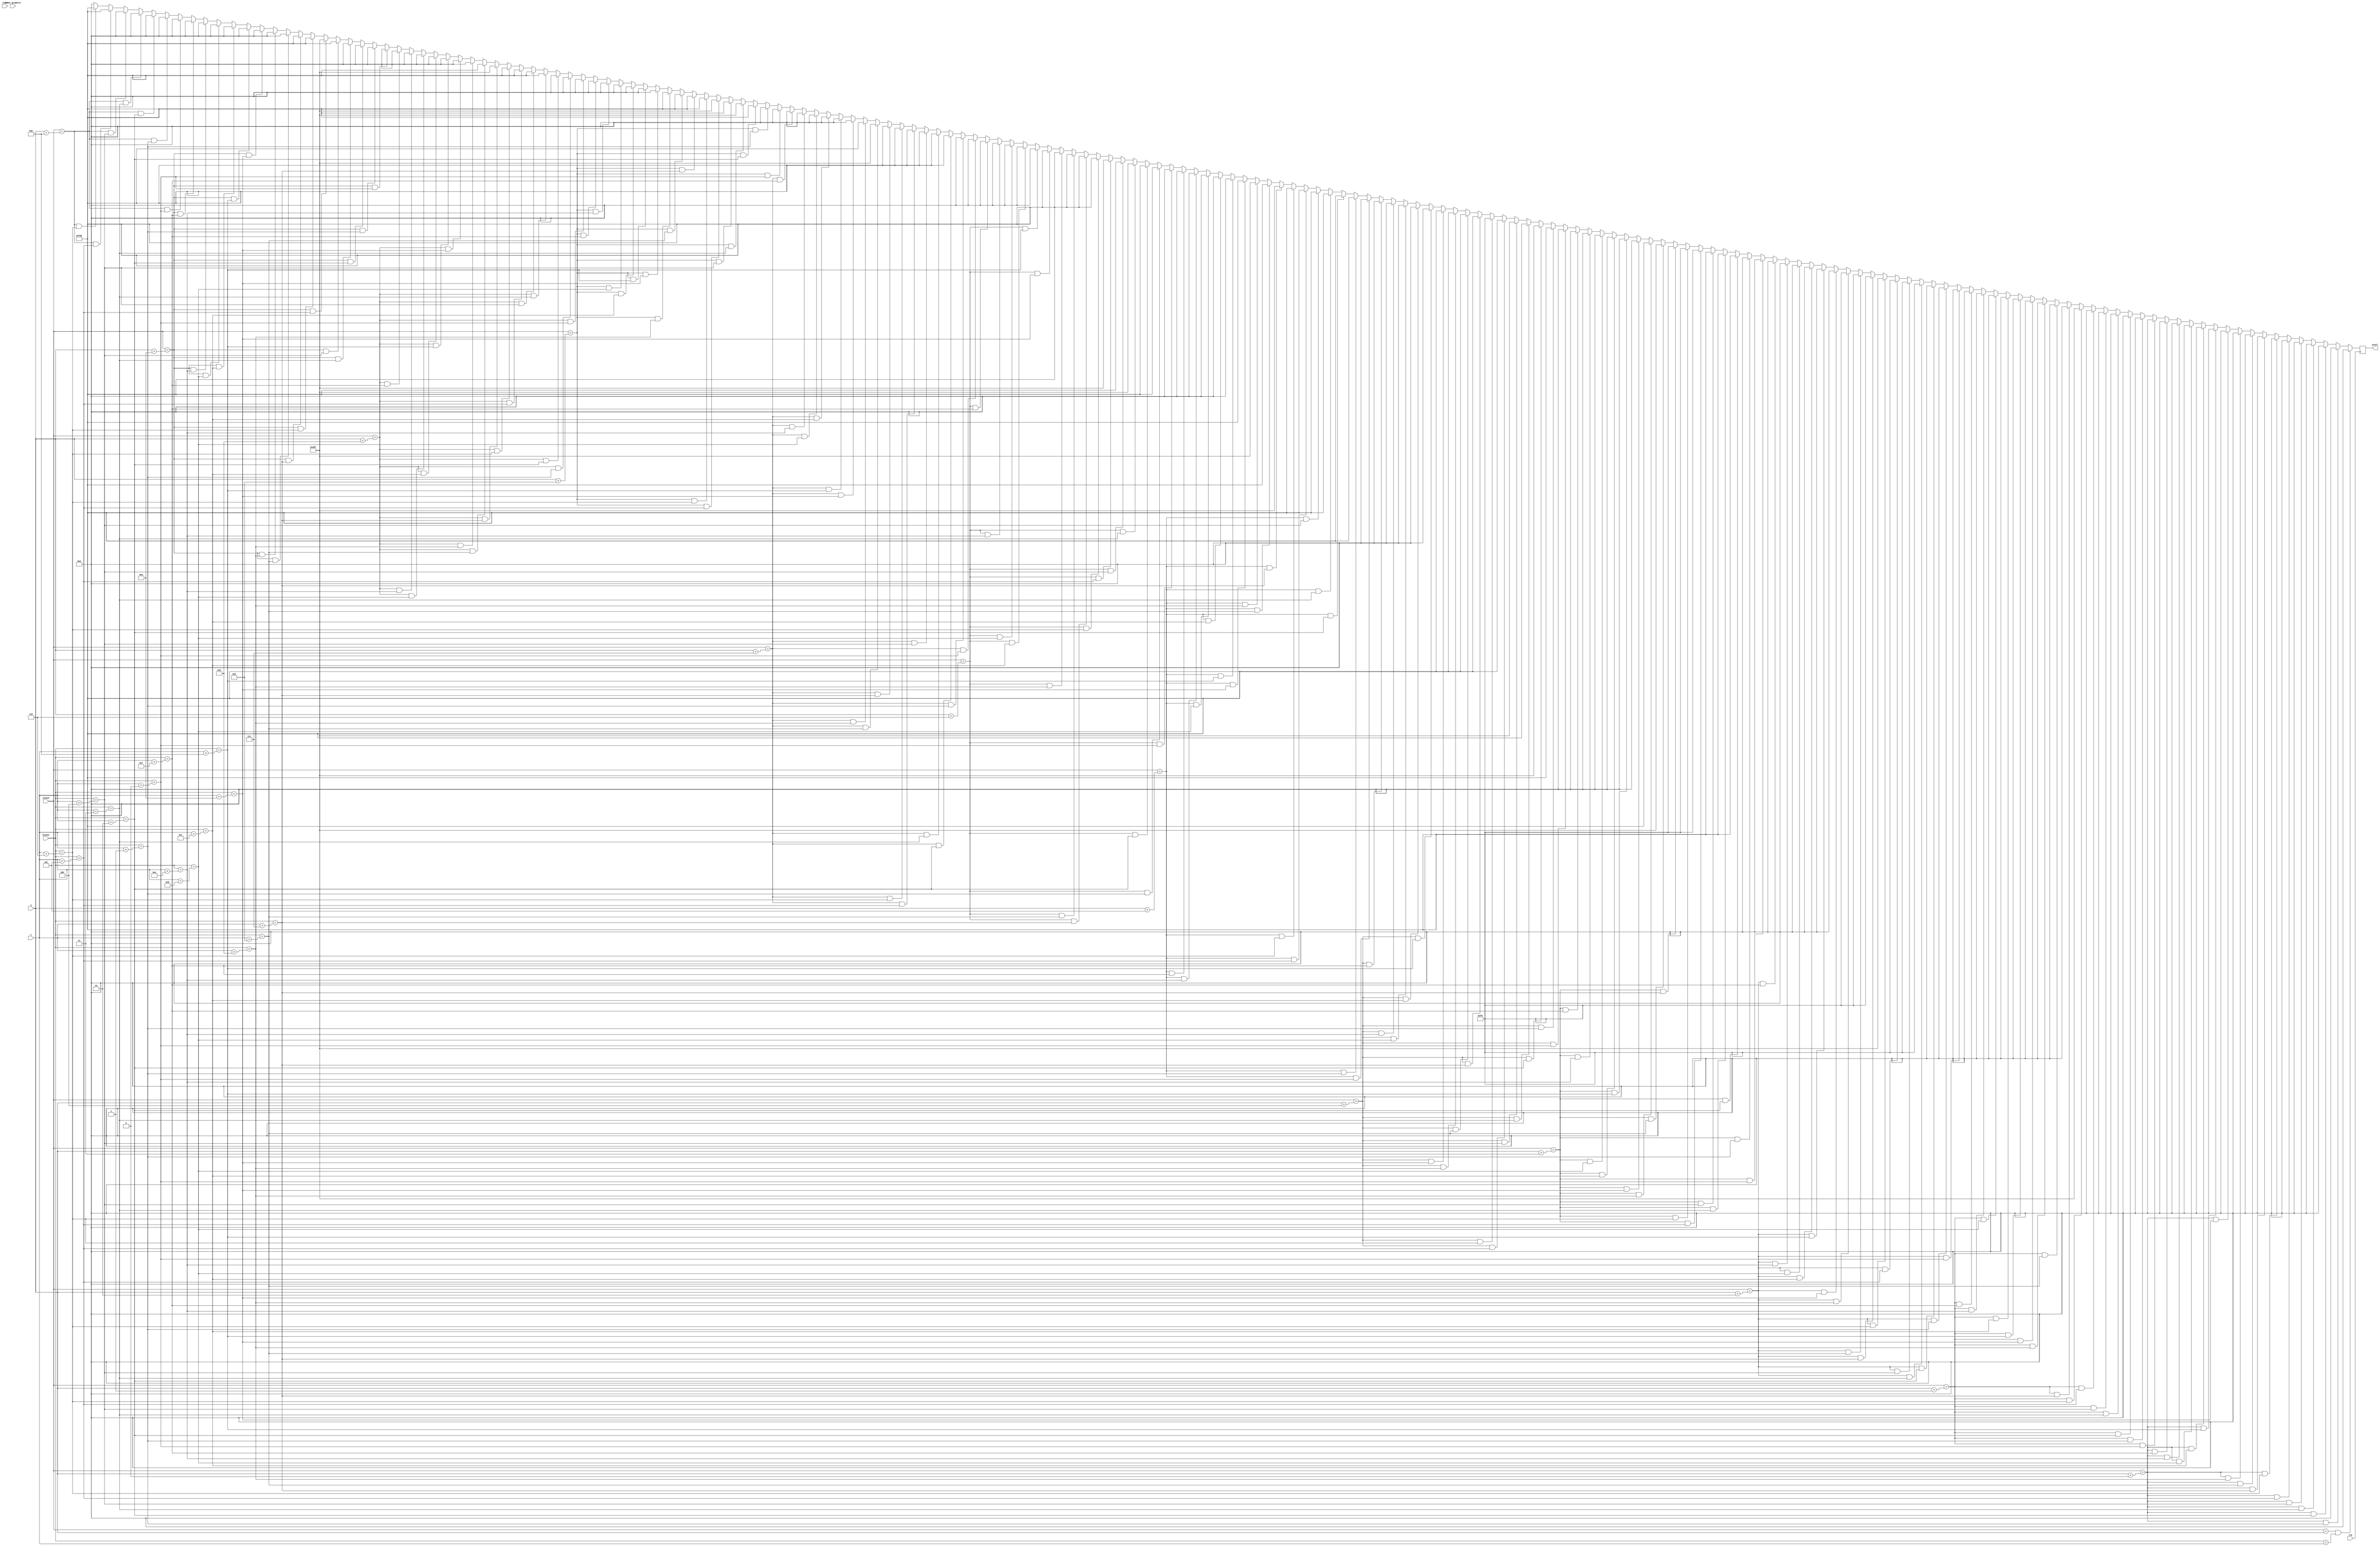
module strawberry (
    input clk,
    input reset,
    input inner_graphics,
    input [10:0] hcount,
    input [9:0] vcount,
    input [10:0] x,
    input [9:0] y,
    output reg [11:0] pixel
    );

    always @(posedge clk) begin
        if (vcount == y && hcount == x) pixel <= 12'h000;
        else if (vcount == y + 0 && hcount == x + 1) pixel <= 12'h000;
        else if (vcount == y + 0 && hcount == x + 2) pixel <= 12'h000;
        else if (vcount == y + 0 && hcount == x + 3) pixel <= 12'h000;
        else if (vcount == y + 0 && hcount == x + 4) pixel <= 12'h000;
        else if (vcount == y + 0 && hcount == x + 5) pixel <= 12'h000;
        else if (vcount == y + 0 && hcount == x + 6) pixel <= 12'h000;
        else if (vcount == y + 0 && hcount == x + 7) pixel <= 12'h000;
        else if (vcount == y + 0 && hcount == x + 8) pixel <= 12'h000;
        else if (vcount == y + 0 && hcount == x + 9) pixel <= 12'h000;
        else if (vcount == y + 0 && hcount == x + 10) pixel <= 12'h000;
        else if (vcount == y + 0 && hcount == x + 11) pixel <= 12'h000;
        else if (vcount == y + 0 && hcount == x + 12) pixel <= 12'h000;
        else if (vcount == y + 0 && hcount == x + 13) pixel <= 12'h000;
        else if (vcount == y + 0 && hcount == x + 14) pixel <= 12'h000;
        else if (vcount == y + 0 && hcount == x + 15) pixel <= 12'h000;
        else if (vcount == y + 1 && hcount == x + 0) pixel <= 12'h000;
        else if (vcount == y + 1 && hcount == x + 1) pixel <= 12'h000;
        else if (vcount == y + 1 && hcount == x + 2) pixel <= 12'h000;
        else if (vcount == y + 1 && hcount == x + 3) pixel <= 12'h000;
        else if (vcount == y + 1 && hcount == x + 4) pixel <= 12'h000;
        else if (vcount == y + 1 && hcount == x + 5) pixel <= 12'h000;
        else if (vcount == y + 1 && hcount == x + 6) pixel <= 12'hADF;
        else if (vcount == y + 1 && hcount == x + 7) pixel <= 12'h000;
        else if (vcount == y + 1 && hcount == x + 8) pixel <= 12'h000;
        else if (vcount == y + 1 && hcount == x + 9) pixel <= 12'h000;
        else if (vcount == y + 1 && hcount == x + 10) pixel <= 12'h000;
        else if (vcount == y + 1 && hcount == x + 11) pixel <= 12'h000;
        else if (vcount == y + 1 && hcount == x + 12) pixel <= 12'h000;
        else if (vcount == y + 1 && hcount == x + 13) pixel <= 12'h000;
        else if (vcount == y + 1 && hcount == x + 14) pixel <= 12'h000;
        else if (vcount == y + 1 && hcount == x + 15) pixel <= 12'h000;
        else if (vcount == y + 2 && hcount == x + 0) pixel <= 12'h000;
        else if (vcount == y + 2 && hcount == x + 1) pixel <= 12'h000;
        else if (vcount == y + 2 && hcount == x + 2) pixel <= 12'h000;
        else if (vcount == y + 2 && hcount == x + 3) pixel <= 12'h0F0;
        else if (vcount == y + 2 && hcount == x + 4) pixel <= 12'h0F0;
        else if (vcount == y + 2 && hcount == x + 5) pixel <= 12'h0F0;
        else if (vcount == y + 2 && hcount == x + 6) pixel <= 12'hADF;
        else if (vcount == y + 2 && hcount == x + 7) pixel <= 12'h0F0;
        else if (vcount == y + 2 && hcount == x + 8) pixel <= 12'h0F0;
        else if (vcount == y + 2 && hcount == x + 9) pixel <= 12'h0F0;
        else if (vcount == y + 2 && hcount == x + 10) pixel <= 12'h000;
        else if (vcount == y + 2 && hcount == x + 11) pixel <= 12'h000;
        else if (vcount == y + 2 && hcount == x + 12) pixel <= 12'h000;
        else if (vcount == y + 2 && hcount == x + 13) pixel <= 12'h000;
        else if (vcount == y + 2 && hcount == x + 14) pixel <= 12'h000;
        else if (vcount == y + 2 && hcount == x + 15) pixel <= 12'h000;
        else if (vcount == y + 3 && hcount == x + 0) pixel <= 12'h000;
        else if (vcount == y + 3 && hcount == x + 1) pixel <= 12'h000;
        else if (vcount == y + 3 && hcount == x + 2) pixel <= 12'hF00;
        else if (vcount == y + 3 && hcount == x + 3) pixel <= 12'hF00;
        else if (vcount == y + 3 && hcount == x + 4) pixel <= 12'hF00;
        else if (vcount == y + 3 && hcount == x + 5) pixel <= 12'h0F0;
        else if (vcount == y + 3 && hcount == x + 6) pixel <= 12'h0F0;
        else if (vcount == y + 3 && hcount == x + 7) pixel <= 12'h0F0;
        else if (vcount == y + 3 && hcount == x + 8) pixel <= 12'hADF;
        else if (vcount == y + 3 && hcount == x + 9) pixel <= 12'hF00;
        else if (vcount == y + 3 && hcount == x + 10) pixel <= 12'h000;
        else if (vcount == y + 3 && hcount == x + 11) pixel <= 12'h000;
        else if (vcount == y + 3 && hcount == x + 12) pixel <= 12'h000;
        else if (vcount == y + 3 && hcount == x + 13) pixel <= 12'h000;
        else if (vcount == y + 3 && hcount == x + 14) pixel <= 12'h000;
        else if (vcount == y + 3 && hcount == x + 15) pixel <= 12'h000;
        else if (vcount == y + 4 && hcount == x + 0) pixel <= 12'h000;
        else if (vcount == y + 4 && hcount == x + 1) pixel <= 12'hF00;
        else if (vcount == y + 4 && hcount == x + 2) pixel <= 12'hADF;
        else if (vcount == y + 4 && hcount == x + 3) pixel <= 12'hF00;
        else if (vcount == y + 4 && hcount == x + 4) pixel <= 12'hADF;
        else if (vcount == y + 4 && hcount == x + 5) pixel <= 12'hF00;
        else if (vcount == y + 4 && hcount == x + 6) pixel <= 12'h0F0;
        else if (vcount == y + 4 && hcount == x + 7) pixel <= 12'hF00;
        else if (vcount == y + 4 && hcount == x + 8) pixel <= 12'hF00;
        else if (vcount == y + 4 && hcount == x + 9) pixel <= 12'hF00;
        else if (vcount == y + 4 && hcount == x + 10) pixel <= 12'hF00;
        else if (vcount == y + 4 && hcount == x + 11) pixel <= 12'h000;
        else if (vcount == y + 4 && hcount == x + 12) pixel <= 12'h000;
        else if (vcount == y + 4 && hcount == x + 13) pixel <= 12'h000;
        else if (vcount == y + 4 && hcount == x + 14) pixel <= 12'h000;
        else if (vcount == y + 4 && hcount == x + 15) pixel <= 12'h000;
        else if (vcount == y + 5 && hcount == x + 0) pixel <= 12'h000;
        else if (vcount == y + 5 && hcount == x + 1) pixel <= 12'hF00;
        else if (vcount == y + 5 && hcount == x + 2) pixel <= 12'hF00;
        else if (vcount == y + 5 && hcount == x + 3) pixel <= 12'hF00;
        else if (vcount == y + 5 && hcount == x + 4) pixel <= 12'hF00;
        else if (vcount == y + 5 && hcount == x + 5) pixel <= 12'hF00;
        else if (vcount == y + 5 && hcount == x + 6) pixel <= 12'hF00;
        else if (vcount == y + 5 && hcount == x + 7) pixel <= 12'hADF;
        else if (vcount == y + 5 && hcount == x + 8) pixel <= 12'hF00;
        else if (vcount == y + 5 && hcount == x + 9) pixel <= 12'hADF;
        else if (vcount == y + 5 && hcount == x + 10) pixel <= 12'hF00;
        else if (vcount == y + 5 && hcount == x + 11) pixel <= 12'h000;
        else if (vcount == y + 5 && hcount == x + 12) pixel <= 12'h000;
        else if (vcount == y + 5 && hcount == x + 13) pixel <= 12'h000;
        else if (vcount == y + 5 && hcount == x + 14) pixel <= 12'h000;
        else if (vcount == y + 5 && hcount == x + 15) pixel <= 12'h000;
        else if (vcount == y + 6 && hcount == x + 0) pixel <= 12'h000;
        else if (vcount == y + 6 && hcount == x + 1) pixel <= 12'hF00;
        else if (vcount == y + 6 && hcount == x + 2) pixel <= 12'hF00;
        else if (vcount == y + 6 && hcount == x + 3) pixel <= 12'hADF;
        else if (vcount == y + 6 && hcount == x + 4) pixel <= 12'hF00;
        else if (vcount == y + 6 && hcount == x + 5) pixel <= 12'hADF;
        else if (vcount == y + 6 && hcount == x + 6) pixel <= 12'hF00;
        else if (vcount == y + 6 && hcount == x + 7) pixel <= 12'hF00;
        else if (vcount == y + 6 && hcount == x + 8) pixel <= 12'hF00;
        else if (vcount == y + 6 && hcount == x + 9) pixel <= 12'hF00;
        else if (vcount == y + 6 && hcount == x + 10) pixel <= 12'hF00;
        else if (vcount == y + 6 && hcount == x + 11) pixel <= 12'h000;
        else if (vcount == y + 6 && hcount == x + 12) pixel <= 12'h000;
        else if (vcount == y + 6 && hcount == x + 13) pixel <= 12'h000;
        else if (vcount == y + 6 && hcount == x + 14) pixel <= 12'h000;
        else if (vcount == y + 6 && hcount == x + 15) pixel <= 12'h000;
        else if (vcount == y + 7 && hcount == x + 0) pixel <= 12'h000;
        else if (vcount == y + 7 && hcount == x + 1) pixel <= 12'h000;
        else if (vcount == y + 7 && hcount == x + 2) pixel <= 12'hF00;
        else if (vcount == y + 7 && hcount == x + 3) pixel <= 12'hF00;
        else if (vcount == y + 7 && hcount == x + 4) pixel <= 12'hF00;
        else if (vcount == y + 7 && hcount == x + 5) pixel <= 12'hF00;
        else if (vcount == y + 7 && hcount == x + 6) pixel <= 12'hF00;
        else if (vcount == y + 7 && hcount == x + 7) pixel <= 12'hF00;
        else if (vcount == y + 7 && hcount == x + 8) pixel <= 12'hADF;
        else if (vcount == y + 7 && hcount == x + 9) pixel <= 12'hF00;
        else if (vcount == y + 7 && hcount == x + 10) pixel <= 12'h000;
        else if (vcount == y + 7 && hcount == x + 11) pixel <= 12'h000;
        else if (vcount == y + 7 && hcount == x + 12) pixel <= 12'h000;
        else if (vcount == y + 7 && hcount == x + 13) pixel <= 12'h000;
        else if (vcount == y + 7 && hcount == x + 14) pixel <= 12'h000;
        else if (vcount == y + 7 && hcount == x + 15) pixel <= 12'h000;
        else if (vcount == y + 8 && hcount == x + 0) pixel <= 12'h000;
        else if (vcount == y + 8 && hcount == x + 1) pixel <= 12'h000;
        else if (vcount == y + 8 && hcount == x + 2) pixel <= 12'hF00;
        else if (vcount == y + 8 && hcount == x + 3) pixel <= 12'hADF;
        else if (vcount == y + 8 && hcount == x + 4) pixel <= 12'hF00;
        else if (vcount == y + 8 && hcount == x + 5) pixel <= 12'hADF;
        else if (vcount == y + 8 && hcount == x + 6) pixel <= 12'hF00;
        else if (vcount == y + 8 && hcount == x + 7) pixel <= 12'hF00;
        else if (vcount == y + 8 && hcount == x + 8) pixel <= 12'hF00;
        else if (vcount == y + 8 && hcount == x + 9) pixel <= 12'hF00;
        else if (vcount == y + 8 && hcount == x + 10) pixel <= 12'h000;
        else if (vcount == y + 8 && hcount == x + 11) pixel <= 12'h000;
        else if (vcount == y + 8 && hcount == x + 12) pixel <= 12'h000;
        else if (vcount == y + 8 && hcount == x + 13) pixel <= 12'h000;
        else if (vcount == y + 8 && hcount == x + 14) pixel <= 12'h000;
        else if (vcount == y + 8 && hcount == x + 15) pixel <= 12'h000;
        else if (vcount == y + 9 && hcount == x + 0) pixel <= 12'h000;
        else if (vcount == y + 9 && hcount == x + 1) pixel <= 12'h000;
        else if (vcount == y + 9 && hcount == x + 2) pixel <= 12'h000;
        else if (vcount == y + 9 && hcount == x + 3) pixel <= 12'hF00;
        else if (vcount == y + 9 && hcount == x + 4) pixel <= 12'hF00;
        else if (vcount == y + 9 && hcount == x + 5) pixel <= 12'hF00;
        else if (vcount == y + 9 && hcount == x + 6) pixel <= 12'hF00;
        else if (vcount == y + 9 && hcount == x + 7) pixel <= 12'hADF;
        else if (vcount == y + 9 && hcount == x + 8) pixel <= 12'hF00;
        else if (vcount == y + 9 && hcount == x + 9) pixel <= 12'h000;
        else if (vcount == y + 9 && hcount == x + 10) pixel <= 12'h000;
        else if (vcount == y + 9 && hcount == x + 11) pixel <= 12'h000;
        else if (vcount == y + 9 && hcount == x + 12) pixel <= 12'h000;
        else if (vcount == y + 9 && hcount == x + 13) pixel <= 12'h000;
        else if (vcount == y + 9 && hcount == x + 14) pixel <= 12'h000;
        else if (vcount == y + 9 && hcount == x + 15) pixel <= 12'h000;
        else if (vcount == y + 10 && hcount == x + 0) pixel <= 12'h000;
        else if (vcount == y + 10 && hcount == x + 1) pixel <= 12'h000;
        else if (vcount == y + 10 && hcount == x + 2) pixel <= 12'h000;
        else if (vcount == y + 10 && hcount == x + 3) pixel <= 12'h000;
        else if (vcount == y + 10 && hcount == x + 4) pixel <= 12'hF00;
        else if (vcount == y + 10 && hcount == x + 5) pixel <= 12'hADF;
        else if (vcount == y + 10 && hcount == x + 6) pixel <= 12'hF00;
        else if (vcount == y + 10 && hcount == x + 7) pixel <= 12'hF00;
        else if (vcount == y + 10 && hcount == x + 8) pixel <= 12'h000;
        else if (vcount == y + 10 && hcount == x + 9) pixel <= 12'h000;
        else if (vcount == y + 10 && hcount == x + 10) pixel <= 12'h000;
        else if (vcount == y + 10 && hcount == x + 11) pixel <= 12'h000;
        else if (vcount == y + 10 && hcount == x + 12) pixel <= 12'h000;
        else if (vcount == y + 10 && hcount == x + 13) pixel <= 12'h000;
        else if (vcount == y + 10 && hcount == x + 14) pixel <= 12'h000;
        else if (vcount == y + 10 && hcount == x + 15) pixel <= 12'h000;
        else if (vcount == y + 11 && hcount == x + 0) pixel <= 12'h000;
        else if (vcount == y + 11 && hcount == x + 1) pixel <= 12'h000;
        else if (vcount == y + 11 && hcount == x + 2) pixel <= 12'h000;
        else if (vcount == y + 11 && hcount == x + 3) pixel <= 12'h000;
        else if (vcount == y + 11 && hcount == x + 4) pixel <= 12'h000;
        else if (vcount == y + 11 && hcount == x + 5) pixel <= 12'hF00;
        else if (vcount == y + 11 && hcount == x + 6) pixel <= 12'hF00;
        else if (vcount == y + 11 && hcount == x + 7) pixel <= 12'h000;
        else if (vcount == y + 11 && hcount == x + 8) pixel <= 12'h000;
        else if (vcount == y + 11 && hcount == x + 9) pixel <= 12'h000;
        else if (vcount == y + 11 && hcount == x + 10) pixel <= 12'h000;
        else if (vcount == y + 11 && hcount == x + 11) pixel <= 12'h000;
        else if (vcount == y + 11 && hcount == x + 12) pixel <= 12'h000;
        else if (vcount == y + 11 && hcount == x + 13) pixel <= 12'h000;
        else if (vcount == y + 11 && hcount == x + 14) pixel <= 12'h000;
        else if (vcount == y + 11 && hcount == x + 15) pixel <= 12'h000;
        else if (vcount == y + 12 && hcount == x + 0) pixel <= 12'h000;
        else if (vcount == y + 12 && hcount == x + 1) pixel <= 12'h000;
        else if (vcount == y + 12 && hcount == x + 2) pixel <= 12'h000;
        else if (vcount == y + 12 && hcount == x + 3) pixel <= 12'h000;
        else if (vcount == y + 12 && hcount == x + 4) pixel <= 12'h000;
        else if (vcount == y + 12 && hcount == x + 5) pixel <= 12'h000;
        else if (vcount == y + 12 && hcount == x + 6) pixel <= 12'h000;
        else if (vcount == y + 12 && hcount == x + 7) pixel <= 12'h000;
        else if (vcount == y + 12 && hcount == x + 8) pixel <= 12'h000;
        else if (vcount == y + 12 && hcount == x + 9) pixel <= 12'h000;
        else if (vcount == y + 12 && hcount == x + 10) pixel <= 12'h000;
        else if (vcount == y + 12 && hcount == x + 11) pixel <= 12'h000;
        else if (vcount == y + 12 && hcount == x + 12) pixel <= 12'h000;
        else if (vcount == y + 12 && hcount == x + 13) pixel <= 12'h000;
        else if (vcount == y + 12 && hcount == x + 14) pixel <= 12'h000;
        else if (vcount == y + 12 && hcount == x + 15) pixel <= 12'h000;
        else if (vcount == y + 13 && hcount == x + 0) pixel <= 12'h000;
        else if (vcount == y + 13 && hcount == x + 1) pixel <= 12'h000;
        else if (vcount == y + 13 && hcount == x + 2) pixel <= 12'h000;
        else if (vcount == y + 13 && hcount == x + 3) pixel <= 12'h000;
        else if (vcount == y + 13 && hcount == x + 4) pixel <= 12'h000;
        else if (vcount == y + 13 && hcount == x + 5) pixel <= 12'h000;
        else if (vcount == y + 13 && hcount == x + 6) pixel <= 12'h000;
        else if (vcount == y + 13 && hcount == x + 7) pixel <= 12'h000;
        else if (vcount == y + 13 && hcount == x + 8) pixel <= 12'h000;
        else if (vcount == y + 13 && hcount == x + 9) pixel <= 12'h000;
        else if (vcount == y + 13 && hcount == x + 10) pixel <= 12'h000;
        else if (vcount == y + 13 && hcount == x + 11) pixel <= 12'h000;
        else if (vcount == y + 13 && hcount == x + 12) pixel <= 12'h000;
        else if (vcount == y + 13 && hcount == x + 13) pixel <= 12'h000;
        else if (vcount == y + 13 && hcount == x + 14) pixel <= 12'h000;
        else if (vcount == y + 13 && hcount == x + 15) pixel <= 12'h000;
        else if (vcount == y + 14 && hcount == x + 0) pixel <= 12'h000;
        else if (vcount == y + 14 && hcount == x + 1) pixel <= 12'h000;
        else if (vcount == y + 14 && hcount == x + 2) pixel <= 12'h000;
        else if (vcount == y + 14 && hcount == x + 3) pixel <= 12'h000;
        else if (vcount == y + 14 && hcount == x + 4) pixel <= 12'h000;
        else if (vcount == y + 14 && hcount == x + 5) pixel <= 12'h000;
        else if (vcount == y + 14 && hcount == x + 6) pixel <= 12'h000;
        else if (vcount == y + 14 && hcount == x + 7) pixel <= 12'h000;
        else if (vcount == y + 14 && hcount == x + 8) pixel <= 12'h000;
        else if (vcount == y + 14 && hcount == x + 9) pixel <= 12'h000;
        else if (vcount == y + 14 && hcount == x + 10) pixel <= 12'h000;
        else if (vcount == y + 14 && hcount == x + 11) pixel <= 12'h000;
        else if (vcount == y + 14 && hcount == x + 12) pixel <= 12'h000;
        else if (vcount == y + 14 && hcount == x + 13) pixel <= 12'h000;
        else if (vcount == y + 14 && hcount == x + 14) pixel <= 12'h000;
        else if (vcount == y + 14 && hcount == x + 15) pixel <= 12'h000;
        else if (vcount == y + 15 && hcount == x + 0) pixel <= 12'h000;
        else if (vcount == y + 15 && hcount == x + 1) pixel <= 12'h000;
        else if (vcount == y + 15 && hcount == x + 2) pixel <= 12'h000;
        else if (vcount == y + 15 && hcount == x + 3) pixel <= 12'h000;
        else if (vcount == y + 15 && hcount == x + 4) pixel <= 12'h000;
        else if (vcount == y + 15 && hcount == x + 5) pixel <= 12'h000;
        else if (vcount == y + 15 && hcount == x + 6) pixel <= 12'h000;
        else if (vcount == y + 15 && hcount == x + 7) pixel <= 12'h000;
        else if (vcount == y + 15 && hcount == x + 8) pixel <= 12'h000;
        else if (vcount == y + 15 && hcount == x + 9) pixel <= 12'h000;
        else if (vcount == y + 15 && hcount == x + 10) pixel <= 12'h000;
        else if (vcount == y + 15 && hcount == x + 11) pixel <= 12'h000;
        else if (vcount == y + 15 && hcount == x + 12) pixel <= 12'h000;
        else if (vcount == y + 15 && hcount == x + 13) pixel <= 12'h000;
        else if (vcount == y + 15 && hcount == x + 14) pixel <= 12'h000;
        else if (vcount == y + 15 && hcount == x + 15) pixel <= 12'h000;
        else pixel <= 12'h000;
    end
endmodule